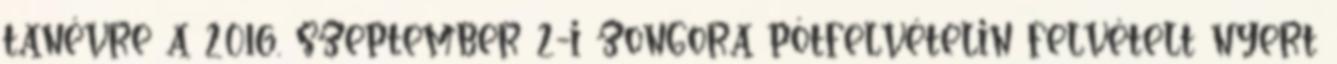
tanévre a 2016. szeptember 2-i zongora pótfelvételin felvételt nyert